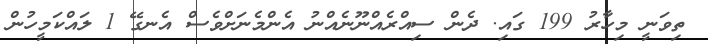
ތިވަނީ މިހާރު 199 ގައި. ދެން ސިއްރެއްނޫނެއްނު އެންމެނަށްވެސް އެނގޭ 1 ލައްކަމީހުން